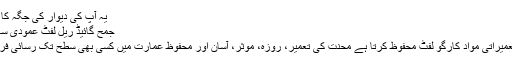
یہ آپ کی دیوار کی جگہ کا فائدہ لیتا ہے...
جمح گائیڈ ریل لفٹ عمودی سامان لفٹ جدول
تخصیص کی تعمیراتی مواد کارگو لفٹ محفوظ کرتا ہے محنت کی تعمیر، روزہ، موثر، آسان اور محفوظ عمارت میں کسی بھی سطح تک رسائی فراہم کرتے ہیں ۔